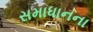
સમાધાનના